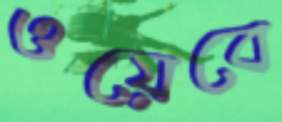
ওয়েবে